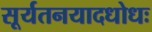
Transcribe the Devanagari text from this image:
सूर्यतनयादधोधः